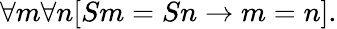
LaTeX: \forall m\forall n[Sm=Sn\rightarrow m=n].